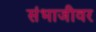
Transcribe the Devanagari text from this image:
संभाजीवर